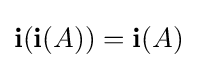
\mathbf {i} (\mathbf {i} (A))=\mathbf {i} (A)